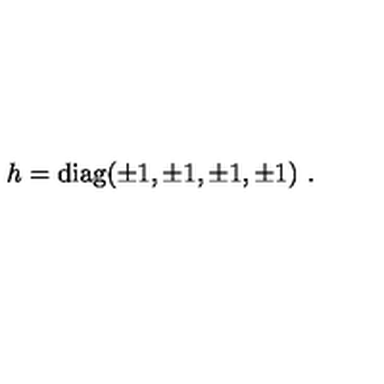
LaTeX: h = \mathrm { d i a g } ( \pm 1 , \pm 1 , \pm 1 , \pm 1 ) \ .